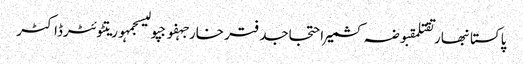
پاکستانبھارتقتلمقبوضہ کشمیراحتجاجدفتر خارجہفوجپولیسجمہوریتٹوئٹرڈاکٹر